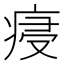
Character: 㾛